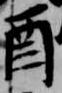
酉